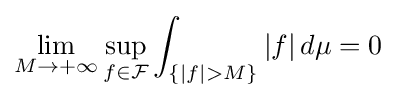
\lim _{M\to +\infty }\sup _{f\in {\mathcal {F}}}\int _{\{|f|>M\}}|f|\,d\mu =0